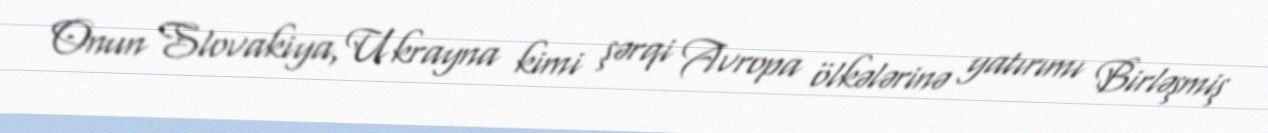
Onun Slovakiya, Ukrayna kimi şərqi Avropa ölkələrinə yatırımı Birləşmiş